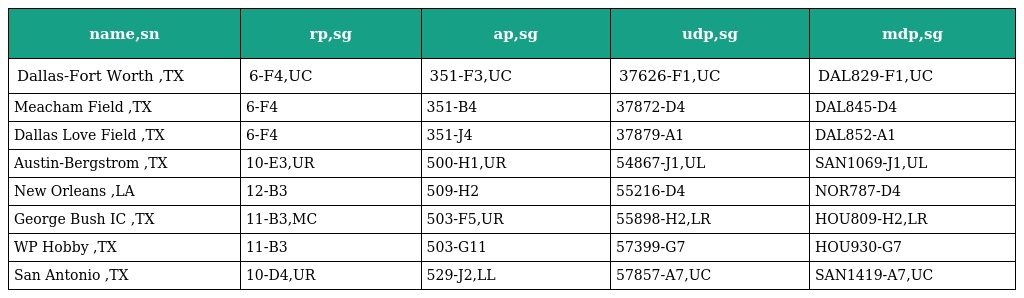
| name,sn | rp,sg | ap,sg | udp,sg | mdp,sg |
 | --- | --- | --- | --- | --- |
 | Dallas-Fort Worth ,TX | 6-F4,UC | 351-F3,UC | 37626-F1,UC | DAL829-F1,UC |
 | Meacham Field ,TX | 6-F4 | 351-B4 | 37872-D4 | DAL845-D4 |
 | Dallas Love Field ,TX | 6-F4 | 351-J4 | 37879-A1 | DAL852-A1 |
 | Austin-Bergstrom ,TX | 10-E3,UR | 500-H1,UR | 54867-J1,UL | SAN1069-J1,UL |
 | New Orleans ,LA | 12-B3 | 509-H2 | 55216-D4 | NOR787-D4 |
 | George Bush IC ,TX | 11-B3,MC | 503-F5,UR | 55898-H2,LR | HOU809-H2,LR |
 | WP Hobby ,TX | 11-B3 | 503-G11 | 57399-G7 | HOU930-G7 |
 | San Antonio ,TX | 10-D4,UR | 529-J2,LL | 57857-A7,UC | SAN1419-A7,UC |